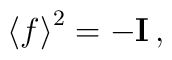
\left<f\right>^2=-{\bf  I}\,,